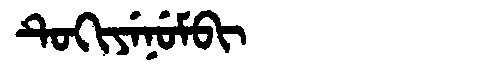
Manchu: ᡨᡠᡴᡳᠶᡝᠨᡠᠮᠪᡳ
Romanization: TUKIYENUMBI